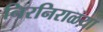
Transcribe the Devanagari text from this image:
निरनिराळय़ा